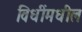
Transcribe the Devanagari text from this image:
विधींमधील